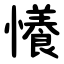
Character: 懩